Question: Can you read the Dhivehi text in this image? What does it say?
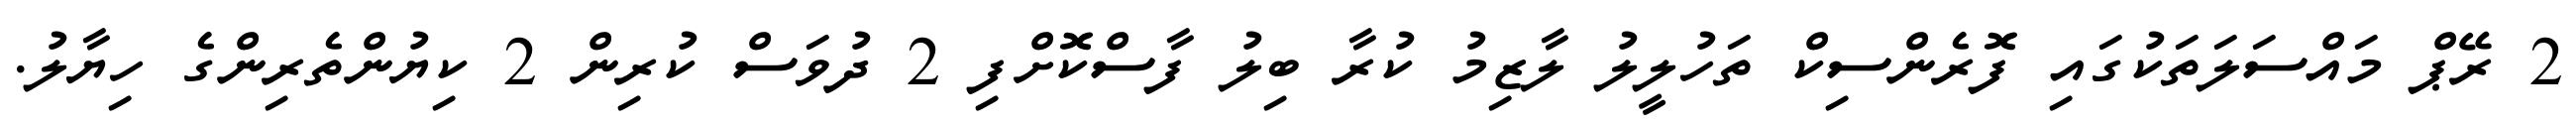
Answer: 2 ރޭޕް މައްސަލަތަކުގައި ފޮރެންސިކް ތަހުލީލު ލާޒިމު ކުރާ ބިލު ފާސްކޮށްފި 2 ދުވަސް ކުރިން 2 ކިޔުންތެރިންގެ ހިޔާލު.